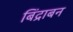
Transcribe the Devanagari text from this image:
बिंद्राबन